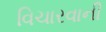
વિચારવાની